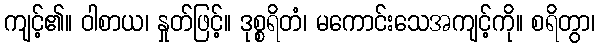
ကျင့်၏။ ဝါစာယ၊ နှုတ်ဖြင့်။ ဒုစ္စရိတံ၊ မကောင်းသေအကျင့်ကို။ စရိတွာ၊